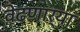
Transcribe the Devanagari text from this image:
वेढणार्‍या